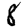
Digit: 8